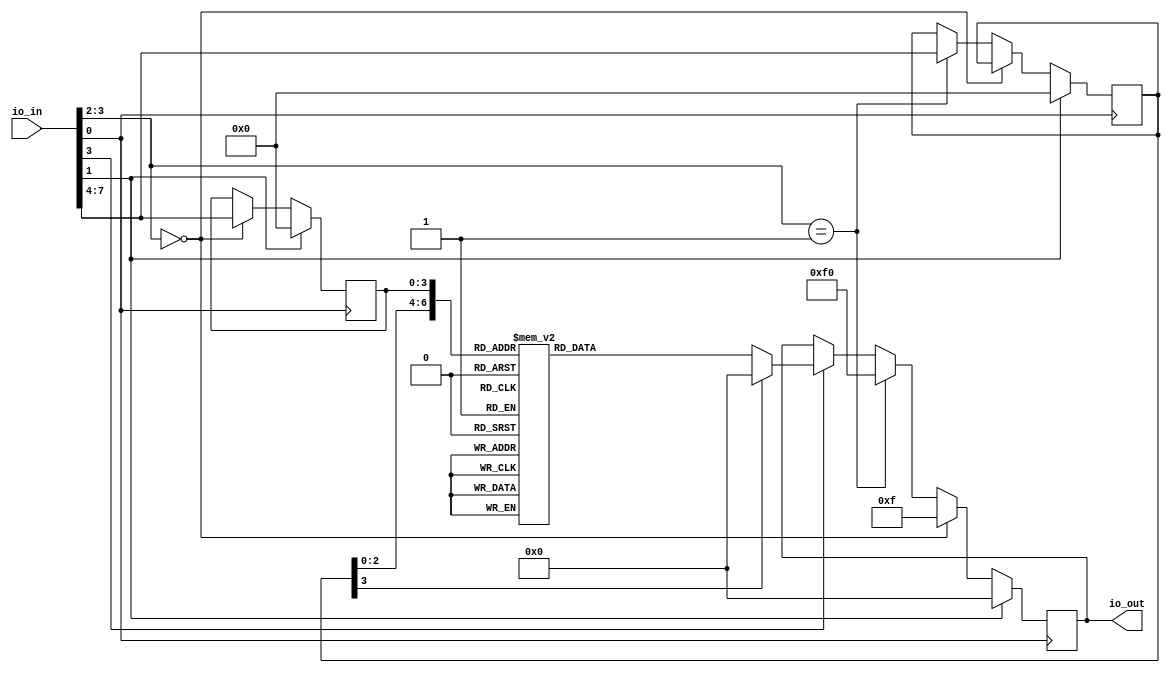
`default_nettype none

module phasenoisepon_seven_segment_seconds #( parameter MAX_COUNT = 1000 ) (
  input [7:0] io_in,
  output [7:0] io_out
);
    
    // setup registers
    reg [3:0] nibble_low;
    reg [3:0] nibble_high;
    reg [7:0] output_reg;

    // declare wires
    wire clk = io_in[0];
    wire reset = io_in[1];
    wire [1:0] ctl = io_in[3:2];
    wire [3:0] data_in = io_in[7:4];
    assign io_out[7:0] = output_reg;

    // define useful FSM states
    localparam CTL_LOW_NIBBLE  = 2'b00;
    localparam CTL_HIGH_NIBBLE = 2'b01;

    always @(posedge clk) begin
        // if reset, then reset all reg's to 0
        if (reset) begin
            nibble_low <= 0;
            nibble_high <= 0;
            output_reg <= 0;
        end else begin
            // read control lines
            if (ctl == CTL_LOW_NIBBLE) begin
                output_reg <= 8'h0F;
                nibble_low <= data_in;
            end else if (ctl == CTL_HIGH_NIBBLE) begin
                output_reg <= 8'hF0;
                nibble_high <= data_in;
            end else if (ctl[1] == 1'b1) begin
                //output_reg <= 8'hFF; // stub
                case ({nibble_high,nibble_low})
                    8'h00: output_reg <= 8'h00; //rot13(0x00)=0x00, '\x00'->'\x00'
                    8'h01: output_reg <= 8'h01; //rot13(0x01)=0x01, '\x01'->'\x01'
                    8'h02: output_reg <= 8'h02; //rot13(0x02)=0x02, '\x02'->'\x02'
                    8'h03: output_reg <= 8'h03; //rot13(0x03)=0x03, '\x03'->'\x03'
                    8'h04: output_reg <= 8'h04; //rot13(0x04)=0x04, '\x04'->'\x04'
                    8'h05: output_reg <= 8'h05; //rot13(0x05)=0x05, '\x05'->'\x05'
                    8'h06: output_reg <= 8'h06; //rot13(0x06)=0x06, '\x06'->'\x06'
                    8'h07: output_reg <= 8'h07; //rot13(0x07)=0x07, '\x07'->'\x07'
                    8'h08: output_reg <= 8'h08; //rot13(0x08)=0x08, '\x08'->'\x08'
                    8'h09: output_reg <= 8'h09; //rot13(0x09)=0x09, '\t'->'\t'
                    8'h0a: output_reg <= 8'h0a; //rot13(0x0a)=0x0a, '\n'->'\n'
                    8'h0b: output_reg <= 8'h0b; //rot13(0x0b)=0x0b, '\x0b'->'\x0b'
                    8'h0c: output_reg <= 8'h0c; //rot13(0x0c)=0x0c, '\x0c'->'\x0c'
                    8'h0d: output_reg <= 8'h0d; //rot13(0x0d)=0x0d, '\r'->'\r'
                    8'h0e: output_reg <= 8'h0e; //rot13(0x0e)=0x0e, '\x0e'->'\x0e'
                    8'h0f: output_reg <= 8'h0f; //rot13(0x0f)=0x0f, '\x0f'->'\x0f'
                    8'h10: output_reg <= 8'h10; //rot13(0x10)=0x10, '\x10'->'\x10'
                    8'h11: output_reg <= 8'h11; //rot13(0x11)=0x11, '\x11'->'\x11'
                    8'h12: output_reg <= 8'h12; //rot13(0x12)=0x12, '\x12'->'\x12'
                    8'h13: output_reg <= 8'h13; //rot13(0x13)=0x13, '\x13'->'\x13'
                    8'h14: output_reg <= 8'h14; //rot13(0x14)=0x14, '\x14'->'\x14'
                    8'h15: output_reg <= 8'h15; //rot13(0x15)=0x15, '\x15'->'\x15'
                    8'h16: output_reg <= 8'h16; //rot13(0x16)=0x16, '\x16'->'\x16'
                    8'h17: output_reg <= 8'h17; //rot13(0x17)=0x17, '\x17'->'\x17'
                    8'h18: output_reg <= 8'h18; //rot13(0x18)=0x18, '\x18'->'\x18'
                    8'h19: output_reg <= 8'h19; //rot13(0x19)=0x19, '\x19'->'\x19'
                    8'h1a: output_reg <= 8'h1a; //rot13(0x1a)=0x1a, '\x1a'->'\x1a'
                    8'h1b: output_reg <= 8'h1b; //rot13(0x1b)=0x1b, '\x1b'->'\x1b'
                    8'h1c: output_reg <= 8'h1c; //rot13(0x1c)=0x1c, '\x1c'->'\x1c'
                    8'h1d: output_reg <= 8'h1d; //rot13(0x1d)=0x1d, '\x1d'->'\x1d'
                    8'h1e: output_reg <= 8'h1e; //rot13(0x1e)=0x1e, '\x1e'->'\x1e'
                    8'h1f: output_reg <= 8'h1f; //rot13(0x1f)=0x1f, '\x1f'->'\x1f'
                    8'h20: output_reg <= 8'h20; //rot13(0x20)=0x20, ' '->' '
                    8'h21: output_reg <= 8'h21; //rot13(0x21)=0x21, '!'->'!'
                    8'h22: output_reg <= 8'h22; //rot13(0x22)=0x22, '"'->'"'
                    8'h23: output_reg <= 8'h23; //rot13(0x23)=0x23, '#'->'#'
                    8'h24: output_reg <= 8'h24; //rot13(0x24)=0x24, '$'->'$'
                    8'h25: output_reg <= 8'h25; //rot13(0x25)=0x25, '%'->'%'
                    8'h26: output_reg <= 8'h26; //rot13(0x26)=0x26, '&'->'&'
                    8'h27: output_reg <= 8'h27; //rot13(0x27)=0x27, "'"->"'"
                    8'h28: output_reg <= 8'h28; //rot13(0x28)=0x28, '('->'('
                    8'h29: output_reg <= 8'h29; //rot13(0x29)=0x29, ')'->')'
                    8'h2a: output_reg <= 8'h2a; //rot13(0x2a)=0x2a, '*'->'*'
                    8'h2b: output_reg <= 8'h2b; //rot13(0x2b)=0x2b, '+'->'+'
                    8'h2c: output_reg <= 8'h2c; //rot13(0x2c)=0x2c, ','->','
                    8'h2d: output_reg <= 8'h2d; //rot13(0x2d)=0x2d, '-'->'-'
                    8'h2e: output_reg <= 8'h2e; //rot13(0x2e)=0x2e, '.'->'.'
                    8'h2f: output_reg <= 8'h2f; //rot13(0x2f)=0x2f, '/'->'/'
                    8'h30: output_reg <= 8'h30; //rot13(0x30)=0x30, '0'->'0'
                    8'h31: output_reg <= 8'h31; //rot13(0x31)=0x31, '1'->'1'
                    8'h32: output_reg <= 8'h32; //rot13(0x32)=0x32, '2'->'2'
                    8'h33: output_reg <= 8'h33; //rot13(0x33)=0x33, '3'->'3'
                    8'h34: output_reg <= 8'h34; //rot13(0x34)=0x34, '4'->'4'
                    8'h35: output_reg <= 8'h35; //rot13(0x35)=0x35, '5'->'5'
                    8'h36: output_reg <= 8'h36; //rot13(0x36)=0x36, '6'->'6'
                    8'h37: output_reg <= 8'h37; //rot13(0x37)=0x37, '7'->'7'
                    8'h38: output_reg <= 8'h38; //rot13(0x38)=0x38, '8'->'8'
                    8'h39: output_reg <= 8'h39; //rot13(0x39)=0x39, '9'->'9'
                    8'h3a: output_reg <= 8'h3a; //rot13(0x3a)=0x3a, ':'->':'
                    8'h3b: output_reg <= 8'h3b; //rot13(0x3b)=0x3b, ';'->';'
                    8'h3c: output_reg <= 8'h3c; //rot13(0x3c)=0x3c, '<'->'<'
                    8'h3d: output_reg <= 8'h3d; //rot13(0x3d)=0x3d, '='->'='
                    8'h3e: output_reg <= 8'h3e; //rot13(0x3e)=0x3e, '>'->'>'
                    8'h3f: output_reg <= 8'h3f; //rot13(0x3f)=0x3f, '?'->'?'
                    8'h40: output_reg <= 8'h40; //rot13(0x40)=0x40, '@'->'@'
                    8'h41: output_reg <= 8'h4e; //rot13(0x41)=0x4e, 'A'->'N'
                    8'h42: output_reg <= 8'h4f; //rot13(0x42)=0x4f, 'B'->'O'
                    8'h43: output_reg <= 8'h50; //rot13(0x43)=0x50, 'C'->'P'
                    8'h44: output_reg <= 8'h51; //rot13(0x44)=0x51, 'D'->'Q'
                    8'h45: output_reg <= 8'h52; //rot13(0x45)=0x52, 'E'->'R'
                    8'h46: output_reg <= 8'h53; //rot13(0x46)=0x53, 'F'->'S'
                    8'h47: output_reg <= 8'h54; //rot13(0x47)=0x54, 'G'->'T'
                    8'h48: output_reg <= 8'h55; //rot13(0x48)=0x55, 'H'->'U'
                    8'h49: output_reg <= 8'h56; //rot13(0x49)=0x56, 'I'->'V'
                    8'h4a: output_reg <= 8'h57; //rot13(0x4a)=0x57, 'J'->'W'
                    8'h4b: output_reg <= 8'h58; //rot13(0x4b)=0x58, 'K'->'X'
                    8'h4c: output_reg <= 8'h59; //rot13(0x4c)=0x59, 'L'->'Y'
                    8'h4d: output_reg <= 8'h5a; //rot13(0x4d)=0x5a, 'M'->'Z'
                    8'h4e: output_reg <= 8'h41; //rot13(0x4e)=0x41, 'N'->'A'
                    8'h4f: output_reg <= 8'h42; //rot13(0x4f)=0x42, 'O'->'B'
                    8'h50: output_reg <= 8'h43; //rot13(0x50)=0x43, 'P'->'C'
                    8'h51: output_reg <= 8'h44; //rot13(0x51)=0x44, 'Q'->'D'
                    8'h52: output_reg <= 8'h45; //rot13(0x52)=0x45, 'R'->'E'
                    8'h53: output_reg <= 8'h46; //rot13(0x53)=0x46, 'S'->'F'
                    8'h54: output_reg <= 8'h47; //rot13(0x54)=0x47, 'T'->'G'
                    8'h55: output_reg <= 8'h48; //rot13(0x55)=0x48, 'U'->'H'
                    8'h56: output_reg <= 8'h49; //rot13(0x56)=0x49, 'V'->'I'
                    8'h57: output_reg <= 8'h4a; //rot13(0x57)=0x4a, 'W'->'J'
                    8'h58: output_reg <= 8'h4b; //rot13(0x58)=0x4b, 'X'->'K'
                    8'h59: output_reg <= 8'h4c; //rot13(0x59)=0x4c, 'Y'->'L'
                    8'h5a: output_reg <= 8'h4d; //rot13(0x5a)=0x4d, 'Z'->'M'
                    8'h5b: output_reg <= 8'h5b; //rot13(0x5b)=0x5b, '['->'['
                    8'h5c: output_reg <= 8'h5c; //rot13(0x5c)=0x5c, '\\'->'\\'
                    8'h5d: output_reg <= 8'h5d; //rot13(0x5d)=0x5d, ']'->']'
                    8'h5e: output_reg <= 8'h5e; //rot13(0x5e)=0x5e, '^'->'^'
                    8'h5f: output_reg <= 8'h5f; //rot13(0x5f)=0x5f, '_'->'_'
                    8'h60: output_reg <= 8'h60; //rot13(0x60)=0x60, '`'->'`'
                    8'h61: output_reg <= 8'h6e; //rot13(0x61)=0x6e, 'a'->'n'
                    8'h62: output_reg <= 8'h6f; //rot13(0x62)=0x6f, 'b'->'o'
                    8'h63: output_reg <= 8'h70; //rot13(0x63)=0x70, 'c'->'p'
                    8'h64: output_reg <= 8'h71; //rot13(0x64)=0x71, 'd'->'q'
                    8'h65: output_reg <= 8'h72; //rot13(0x65)=0x72, 'e'->'r'
                    8'h66: output_reg <= 8'h73; //rot13(0x66)=0x73, 'f'->'s'
                    8'h67: output_reg <= 8'h74; //rot13(0x67)=0x74, 'g'->'t'
                    8'h68: output_reg <= 8'h75; //rot13(0x68)=0x75, 'h'->'u'
                    8'h69: output_reg <= 8'h76; //rot13(0x69)=0x76, 'i'->'v'
                    8'h6a: output_reg <= 8'h77; //rot13(0x6a)=0x77, 'j'->'w'
                    8'h6b: output_reg <= 8'h78; //rot13(0x6b)=0x78, 'k'->'x'
                    8'h6c: output_reg <= 8'h79; //rot13(0x6c)=0x79, 'l'->'y'
                    8'h6d: output_reg <= 8'h7a; //rot13(0x6d)=0x7a, 'm'->'z'
                    8'h6e: output_reg <= 8'h61; //rot13(0x6e)=0x61, 'n'->'a'
                    8'h6f: output_reg <= 8'h62; //rot13(0x6f)=0x62, 'o'->'b'
                    8'h70: output_reg <= 8'h63; //rot13(0x70)=0x63, 'p'->'c'
                    8'h71: output_reg <= 8'h64; //rot13(0x71)=0x64, 'q'->'d'
                    8'h72: output_reg <= 8'h65; //rot13(0x72)=0x65, 'r'->'e'
                    8'h73: output_reg <= 8'h66; //rot13(0x73)=0x66, 's'->'f'
                    8'h74: output_reg <= 8'h67; //rot13(0x74)=0x67, 't'->'g'
                    8'h75: output_reg <= 8'h68; //rot13(0x75)=0x68, 'u'->'h'
                    8'h76: output_reg <= 8'h69; //rot13(0x76)=0x69, 'v'->'i'
                    8'h77: output_reg <= 8'h6a; //rot13(0x77)=0x6a, 'w'->'j'
                    8'h78: output_reg <= 8'h6b; //rot13(0x78)=0x6b, 'x'->'k'
                    8'h79: output_reg <= 8'h6c; //rot13(0x79)=0x6c, 'y'->'l'
                    8'h7a: output_reg <= 8'h6d; //rot13(0x7a)=0x6d, 'z'->'m'
                    8'h7b: output_reg <= 8'h7b; //rot13(0x7b)=0x7b, '{'->'{'
                    8'h7c: output_reg <= 8'h7c; //rot13(0x7c)=0x7c, '|'->'|'
                    8'h7d: output_reg <= 8'h7d; //rot13(0x7d)=0x7d, '}'->'}'
                    8'h7e: output_reg <= 8'h7e; //rot13(0x7e)=0x7e, '~'->'~'
                    8'h7f: output_reg <= 8'h7f; //rot13(0x7f)=0x7f, '\x7f'->'\x7f'
                    default: output_reg <= 0; //should cause a noticeable error in the TB
                endcase
            end
        end
    end

endmodule